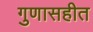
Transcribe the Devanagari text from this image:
गुणासहीत